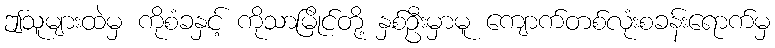
ဤသူများထဲမှ ကိုစံခနှင့် ကိုသာမြိုင်တို့ နှစ်ဦးမှာမူ ကျောက်တစ်လုံးစခန်းရောက်မှ